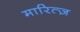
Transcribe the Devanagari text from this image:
मारित्ज़